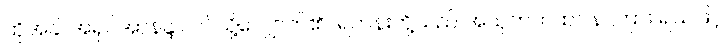
ထိုအခါ အရှင်အာနန္ဒာ ဤသို့လျှောက်၏။ ရဟန်းတို့သည် အသုဘကထာ နာကြား ရသဖြင့်